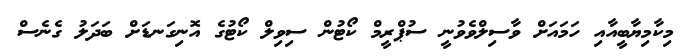
މިކާމިޔާބީއާއި ހަމައަށް ވާސިލްވެވުނީ ސުޕްރީމް ކޯޓުން ސިވިލް ކޯޓުގެ އޮނިގަނޑަށް ބަދަލު ގެނެސް